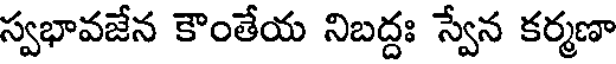
స్వభావజేన కౌంతేయ నిబద్దః స్వేన కర్మణా